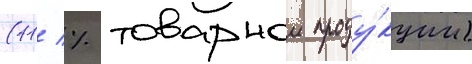
(11 % товарнои проду́кции)